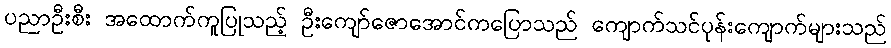
ပညာဦးစီး အထောက်ကူပြုသည့် ဦးကျော်ဇောအောင်ကပြောသည် ကျောက်သင်ပုန်းကျောက်များသည်